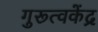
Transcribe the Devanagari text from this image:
गुरूत्वकेंद्र